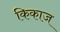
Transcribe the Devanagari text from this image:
किकाज